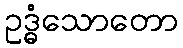
ဥဒ္ဓံသောတော